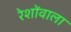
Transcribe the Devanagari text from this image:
रेशोंवाला